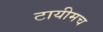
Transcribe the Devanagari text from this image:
टायीमच